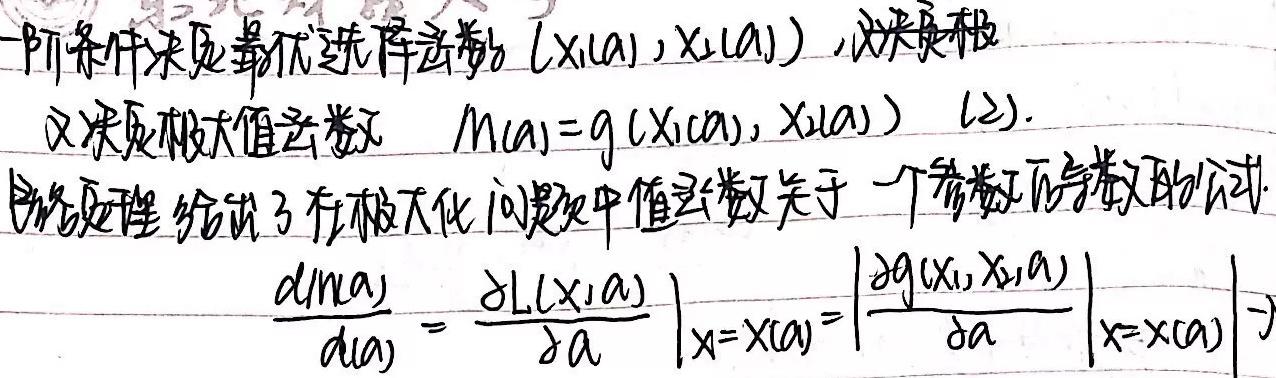
一阶条件决定最优选择函数 $(x_1(a),x_2(a))$, 定义极大值函数 $m(a)=g(x_1(a),x_2(a))\ (2)$. 包络定理给出了在极大化问题中值函数关于一个参数的导数公式.
\[\frac{dm(a)}{da}=\frac{\partial L(x,a)}{\partial a}\Bigg|_{x = x(a)}=\left|\frac{\partial g(x_1,x_2,a)}{\partial a}\right|_{x = x(a)}\]